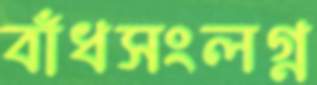
বাঁধসংলগ্ন